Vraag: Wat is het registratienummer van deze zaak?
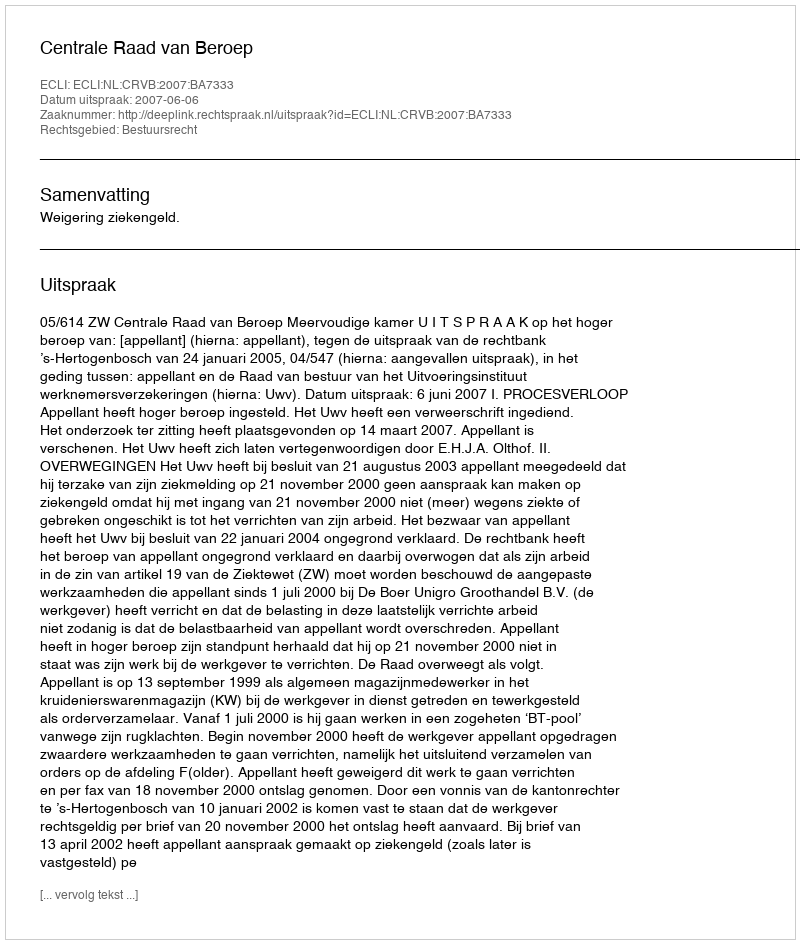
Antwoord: http://deeplink.rechtspraak.nl/uitspraak?id=ECLI:NL:CRVB:2007:BA7333